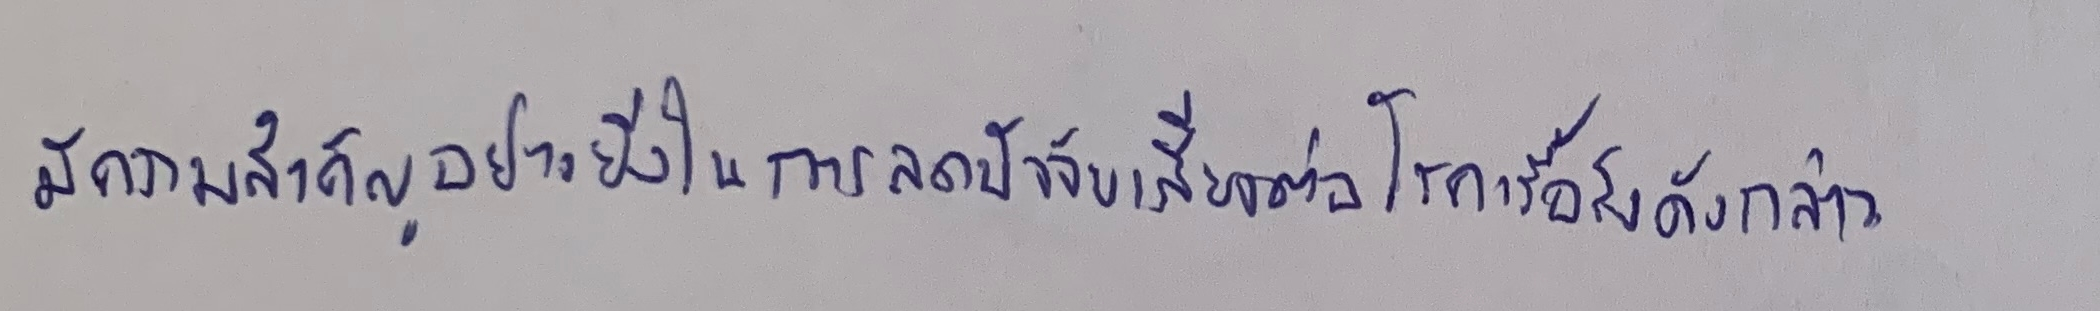
มีความสำคัญอย่างยิ่งในการลดปัจจัยเสี่ยงต่อโรคเรื้อรังดังกล่าว